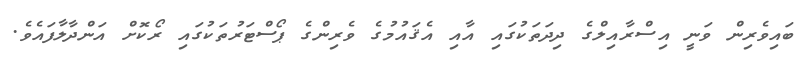
ބައިވެރިން ވަނީ އިސްރާއިލްގެ ދިދަތަކުގައި އާއި އެޤައުމުގެ ވެރިންގެ ޕޯސްޓަރުތަކުގައި ރޯކޮށް އަންދާލާފައެވެ.